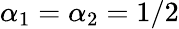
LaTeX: \alpha_{1}=\alpha_{2}=1/2